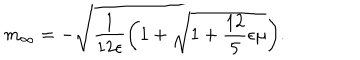
m _ { \infty } = - \sqrt { \frac { 1 } { 1 2 \epsilon } \biggl ( 1 + \sqrt { 1 + \frac { 1 2 } { 5 } \epsilon \mu } \biggr ) } .